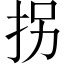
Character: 拐